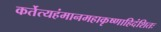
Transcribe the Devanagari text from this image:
कर्तेत्यहंमानमहाकृष्णाहिदंशितः